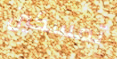
تمسكين